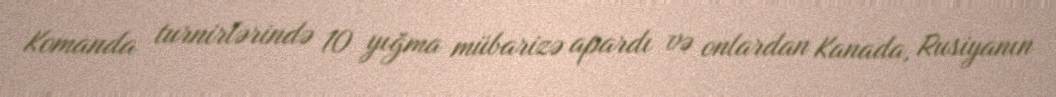
Komanda turnirlərində 10 yığma mübarizə apardı və onlardan Kanada, Rusiyanın